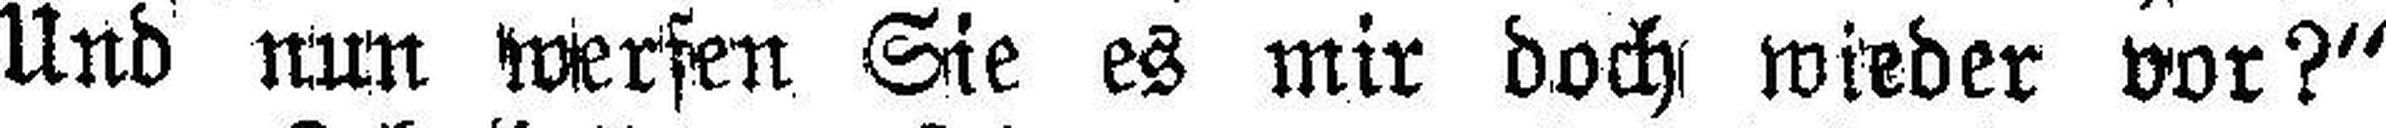
Und nun werfen Sie es mir doch wieder vor?“